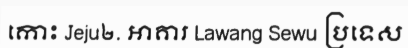
កោះ Jeju២. អាគារ Lawang Sewu ប្រទេស